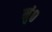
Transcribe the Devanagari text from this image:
मुं०